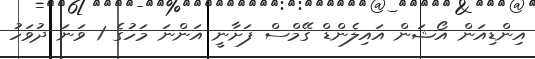
އިންޑިއަން އޯޝަން އައިލެންޑް ގޭމްސް ފަށާނީ އަންނަ މަހުގެ 1 ވަނަ ދުވަހު